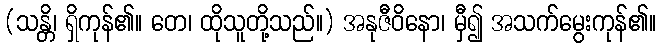
(သန္တိ၊ ရှိကုန်၏။ တေ၊ ထိုသူတို့သည်။) အနုဇီဝိနော၊ မှီ၍ အသက်မွေးကုန်၏။